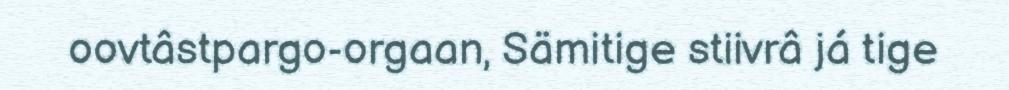
oovtâstpargo-orgaan, Sämitige stiivrâ já tige